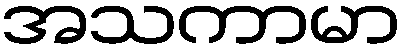
အသကာမာ